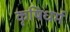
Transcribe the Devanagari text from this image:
कृषिधर्म